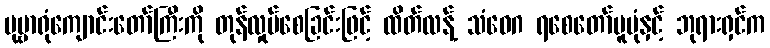
ပုဗ္ဗာရုံကျောင်းတော်ကြီးကို တုန်လှုပ်စေခြင်းဖြင့် ထိတ်လန့် သံဝေဂ ရစေတော်မူပုံနှင့် ဘုရားရှင်က